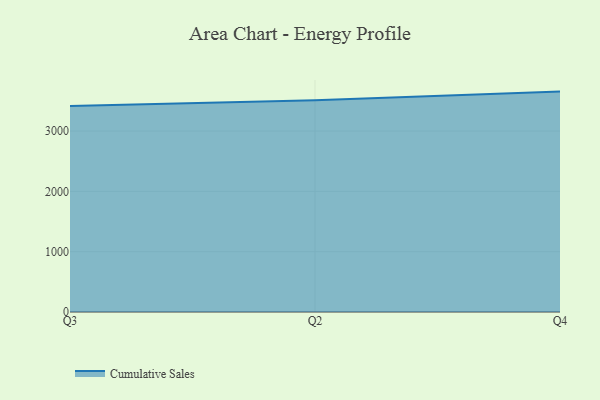
{"axis": {"x": "Quarter", "y": "Population (Million)"}, "legend": ["Cumulative Sales"], "data": [{"x": "Q3", "y": 3415.6, "type": "Cumulative Sales"}, {"x": "Q2", "y": 3509.8, "type": "Cumulative Sales"}, {"x": "Q4", "y": 3654.2, "type": "Cumulative Sales"}]}